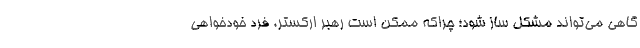
گاهی می‌تواند مشکل ساز شود؛ چراکه ممکن است رهبر ارکستر، فرد خودخواهی